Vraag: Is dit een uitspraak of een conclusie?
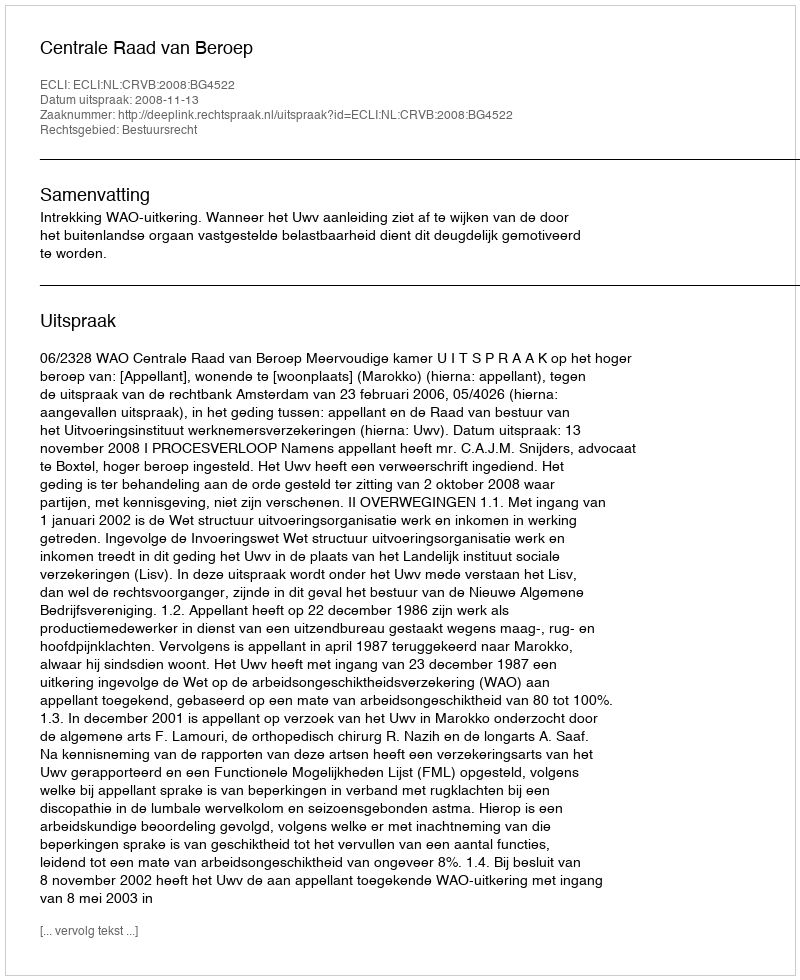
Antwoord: Uitspraak